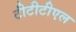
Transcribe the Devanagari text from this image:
टीटीटीएल